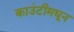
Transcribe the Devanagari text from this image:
काउंटीमधून